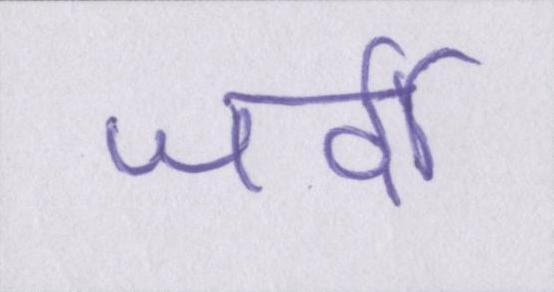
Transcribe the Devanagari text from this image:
जर्दी